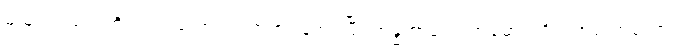
မယူအပ်သည်ကို လည်းကောင်း။ ကတံ၊ ပြုအပ်ပြီ။ အန္ဓကာရော၊ အမှောင်ကို။ အာလောကော၊